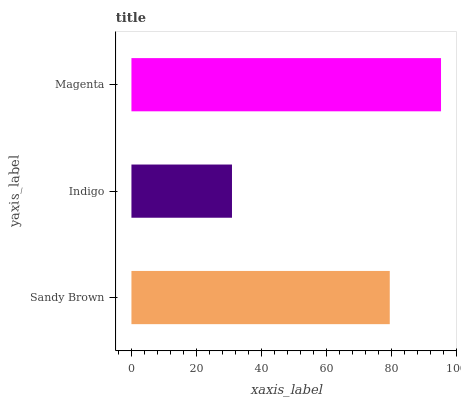
| yaxis_label | bars |
 | --- | --- |
 | Sandy Brown | 79.5 |
 | Indigo | 30.9 |
 | Magenta | 95.3 |